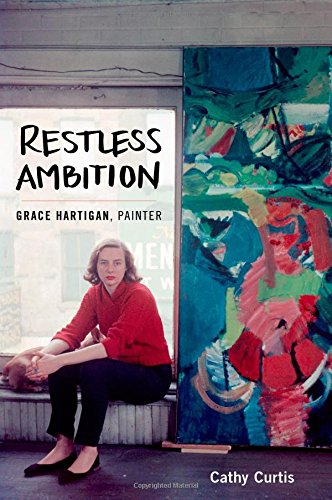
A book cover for Restless Ambition: Grace Hartigan, Painter; Cathy Curtis; Arts & Photography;